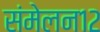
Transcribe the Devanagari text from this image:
संमेलन१२